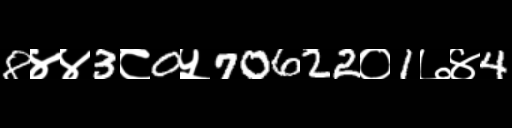
Text: 8४४3८0५70622०1७४4